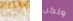
النتنة ولكن